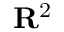
\mathbf { R } ^ { 2 }